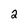
Character: 2